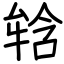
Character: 𤚥